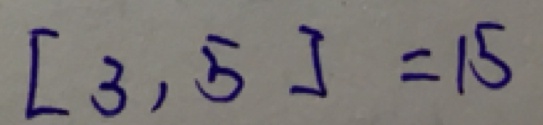
[ 3 , 5 ] = 1 5